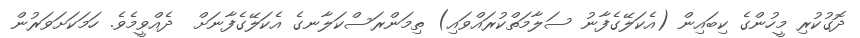
ދޮގުކުރި މީހުންގެ ކިބައިން (އެކަލޭގެފާނު ސަލާމަތްކުރައްވައި) ތިމަންރަސްކަލާނގެ އެކަލޭގެފާނަށް  ދެއްވީމެވެ. ހަމަކަށަވަރުން